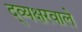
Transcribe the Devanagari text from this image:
द्व्यक्षरवाले